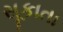
સૂકાતા